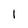
Character: I